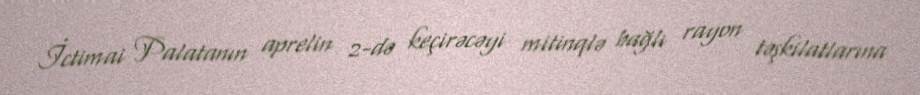
İctimai Palatanın aprelin 2-də keçirəcəyi mitinqlə bağlı rayon təşkilatlarına